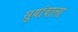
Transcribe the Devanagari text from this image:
सुयांवाला